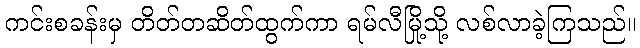
ကင်းစခန်းမှ တိတ်တဆိတ်ထွက်ကာ ရမ်လီမြို့သို့ လစ်လာခဲ့ကြသည်။